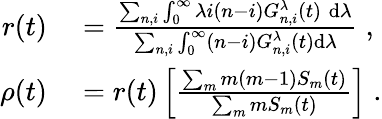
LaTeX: \begin{array}{rl}{r(t)}&{{}=\frac{\sum_{n,i}\int_{0}^{\infty}\lambda i(n-i)G_{n,i}^{\lambda}(t)\; \mathrm{d}\lambda}{\sum_{n,i}\int_{0}^{\infty}(n-i)G_{n,i}^{\lambda}(t)\mathrm{d}\lambda}\; ,}\\ {\rho(t)}&{{}=r(t)\left[\frac{\sum_{m}m(m-1)S_{m}(t)}{\sum_{m}mS_{m}(t)}\right]\; .}\end{array}